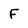
Character: F